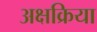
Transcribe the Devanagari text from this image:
अक्षक्रिया